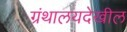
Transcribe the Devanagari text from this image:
ग्रंथालयदेखील